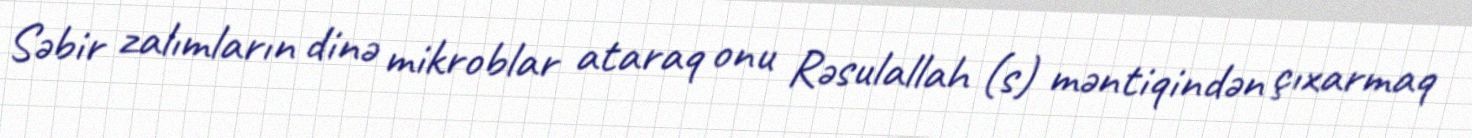
Səbir zalımların dinə mikroblar ataraq onu Rəsulallah (s) məntiqindən çıxarmaq